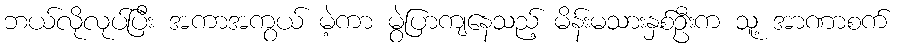
ဘယ်လိုလုပ်ပြီး အကာအကွယ် မဲ့ကာ မွဲပြာကျနေသည့် မိန်းမသားနှစ်ဦးက သူ့ အာဏာစက်